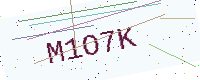
Text: M1O7K